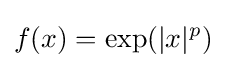
f(x)=\exp(|x|^{p})